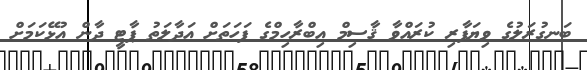
ބަނގުރަލުގެ ވިޔަފާރި ކުރައްވާ ޤާސިމް އިބްރާހިމްގެ ފަހަތަށް އަދާލަތު ޕާޓީ ދާން އުޅޭކަމަށް